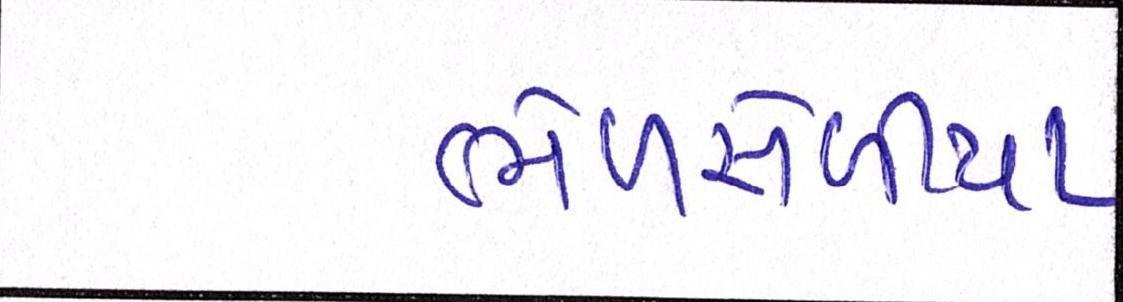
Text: ભેળસેળીયા